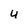
Character: U